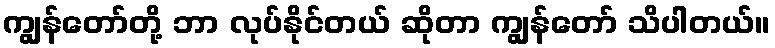
ကျွန်တော်တို့ ဘာ လုပ်နိုင်တယ် ဆိုတာ ကျွန်တော် သိပါတယ်။